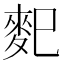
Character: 𪌄